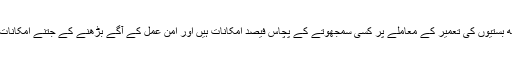
انہوں نے کہا کہ فلسطینیوں کے ساتھ بستیوں کی تعمیر کے معاملے پر کسی سمجھوتے کے پچاس فیصد امکانات ہیں اور امن عمل کے آگے بڑھنے کے جتنے امکانات اس وقت ہیں پہلے کبھی نہیں تھے۔